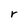
Character: r